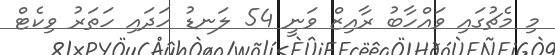
މި މެޗުގައި ވައްހާބު ރާއިޒް ވަނީ 54 ލަނޑު ހަދައި ހަތަރު ވިކެޓް